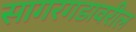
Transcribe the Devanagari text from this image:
सागरगडावरील